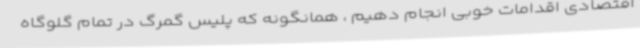
اقتصادی اقدامات خوبی انجام دهیم ، همانگونه که پلیس گمرگ در تمام گلوگاه